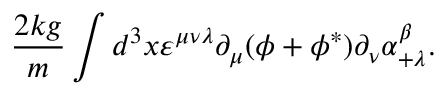
{ \frac { 2 k g } { m } } \int d ^ { 3 } x \varepsilon ^ { \mu \nu \lambda } \partial _ { \mu } ( \phi + \phi ^ { * } ) \partial _ { \nu } \alpha _ { + \lambda } ^ { \beta } .